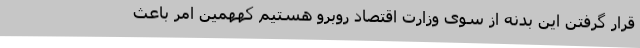
قرار گرفتن این بدنه از سوی وزارت اقتصاد روبرو هستیم کههمین امر باعث